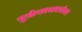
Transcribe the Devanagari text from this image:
मुक्तेश्वराबरोबर